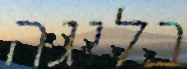
בליגה